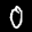
Label: 0